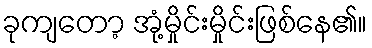
ခုကျတော့ အုံ့မှိုင်းမှိုင်းဖြစ်နေ၏။